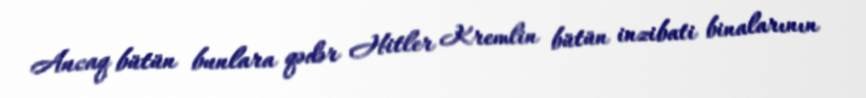
Ancaq bütün bunlara qədər Hitler Kremlin bütün inzibati binalarının